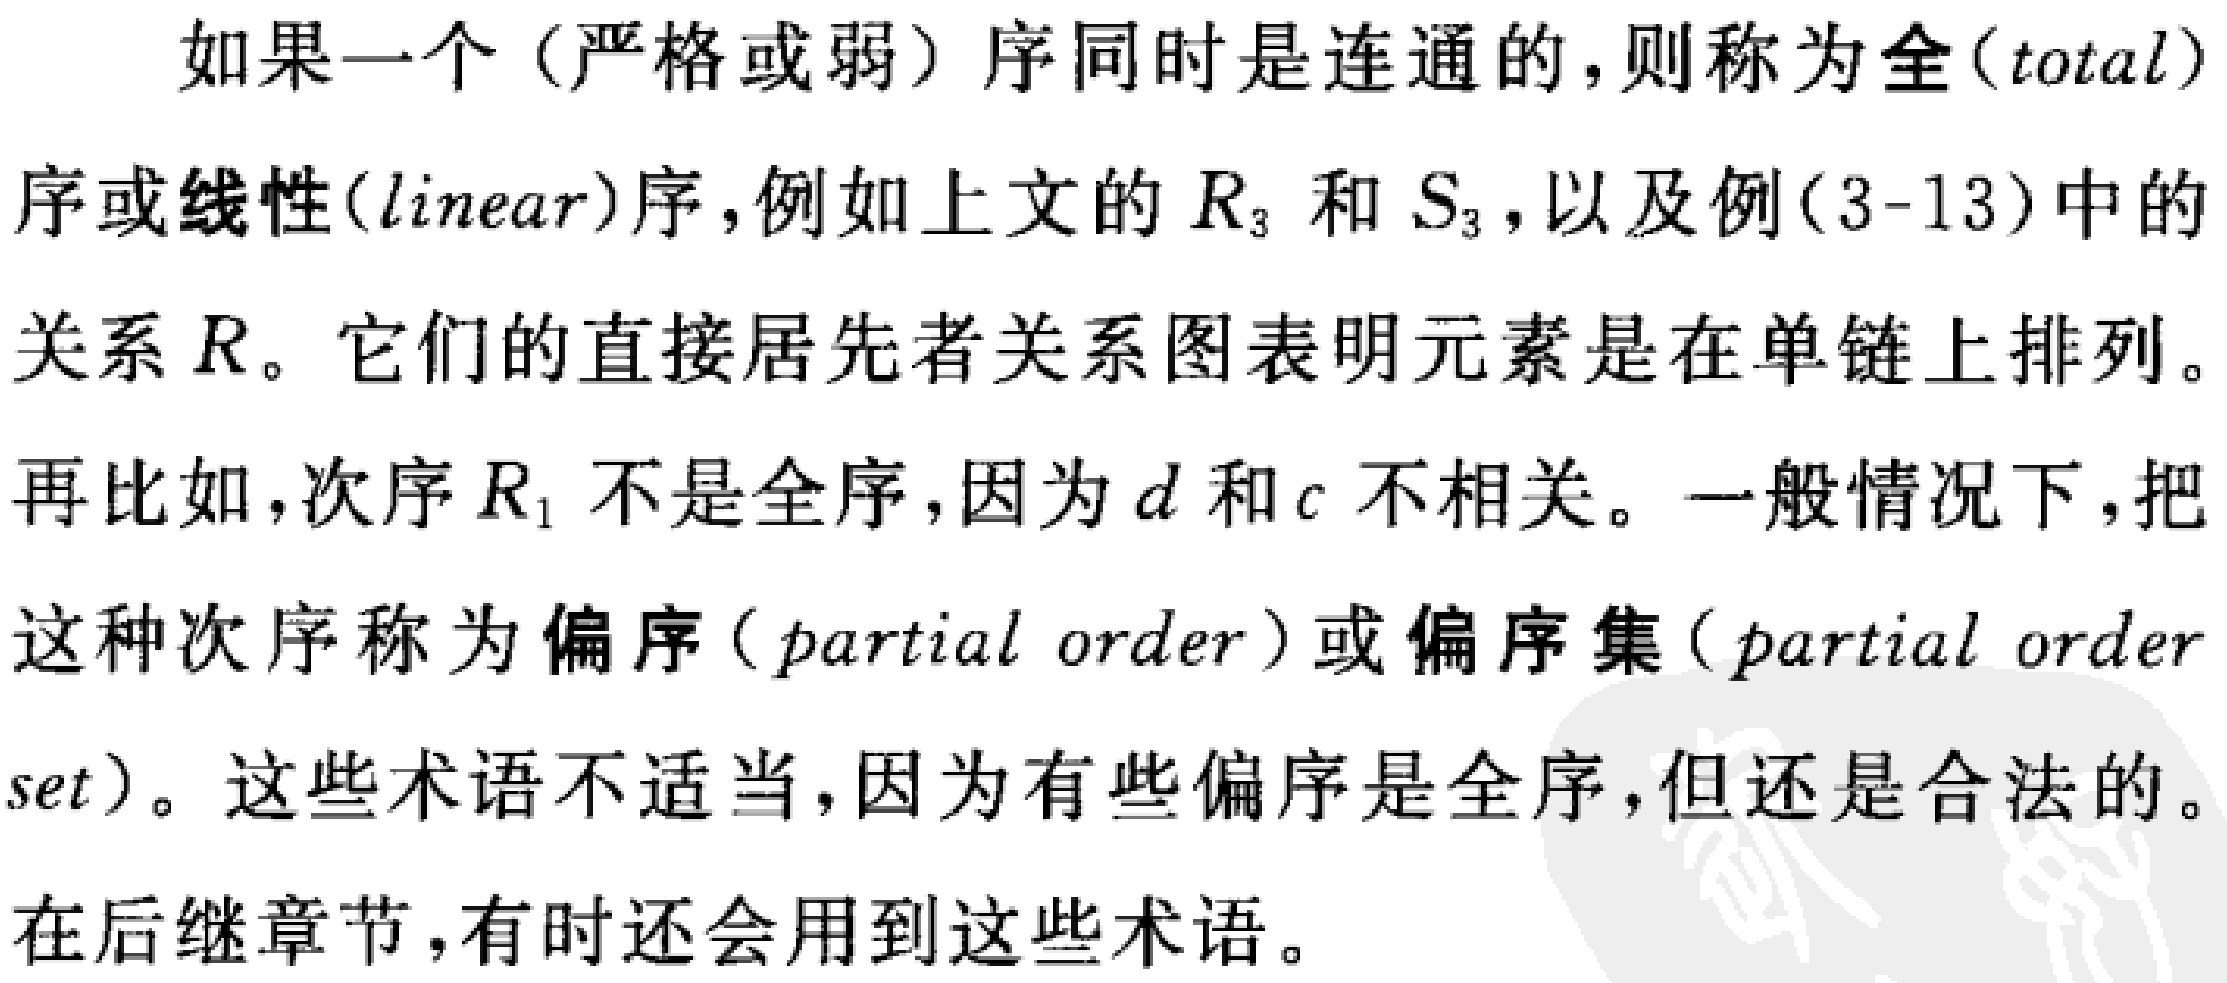
如果一个（严格或弱）序同时是连通的，则称为全(total)
序或线性(linear)序，例如上文的 \(R_{3}\) 和 \(S_{3}\)，以及例(3-13)中的
关系 \(R\)。它们的直接居先者关系图表明元素是在单链上排列。
再比如，次序 \(R_{1}\) 不是全序，因为 \(d\) 和 \(c\) 不相关。一般情况下，把
这种次序称为偏序(partial order)或偏序集(partial order
set)。这些术语不适当，因为有些偏序是全序，但还是合法的。
在后继章节，有时还会用到这些术语。